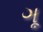
ગૂ